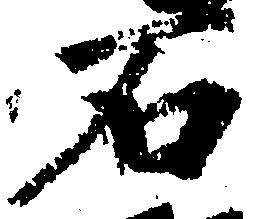
石